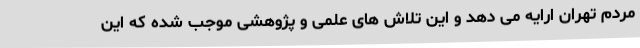
مردم تهران ارایه می دهد و این تلاش های علمی و پژوهشی موجب شده که این